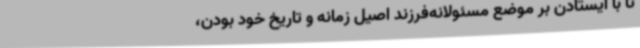
تا با ایستادن بر موضع مسئولانه‌فرزند اصیل زمانه و تاریخ خود بودن،